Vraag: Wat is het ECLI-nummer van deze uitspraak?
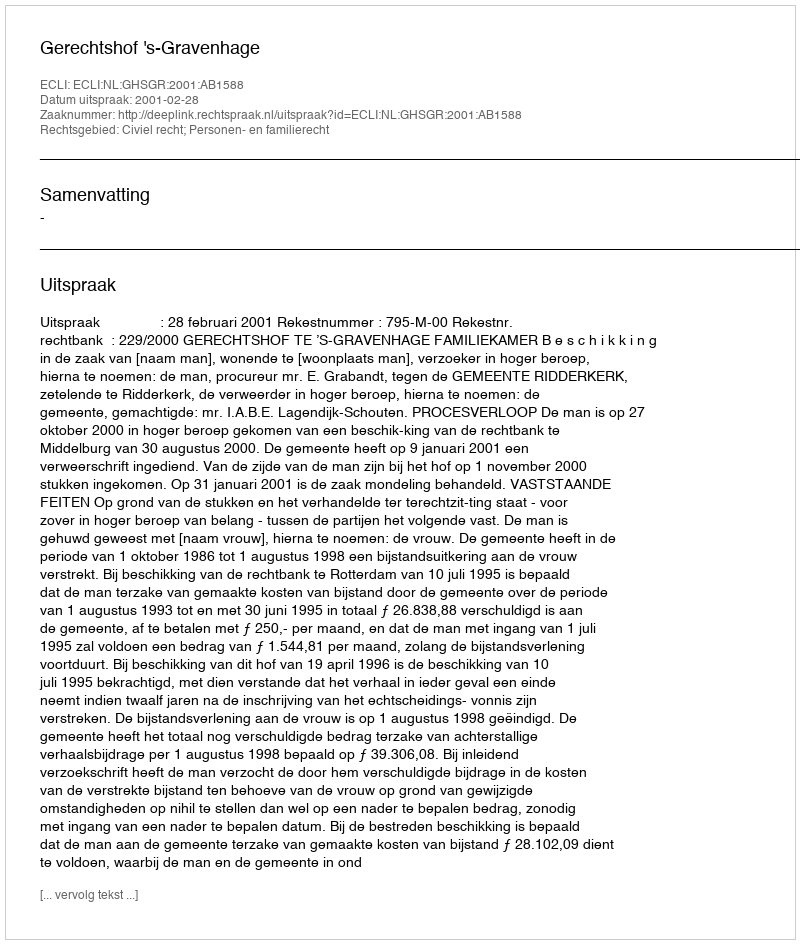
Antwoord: ECLI:NL:GHSGR:2001:AB1588